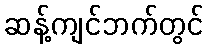
ဆန့်ကျင်ဘက်တွင်